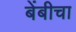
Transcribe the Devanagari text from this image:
बेंबीचा